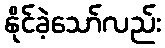
နိုင်ခဲ့သော်လည်း